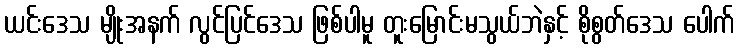
ယင်းဒေသ မျိုးအနက် လွင်ပြင်ဒေသ ဖြစ်ပါမူ တူးမြောင်းမသွယ်ဘဲနှင့် စိုစွတ်ဒေသ ပေါက်